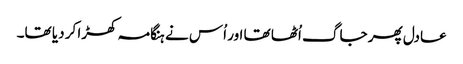
عادل پھر جاگ اُٹھا تھا اور اُس نے ہنگامہ کھڑا کر دیا تھا۔